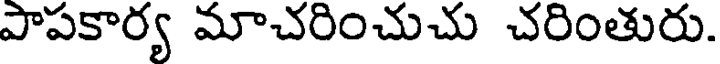
పాపకార్య మాచరించుచు చరింతురు.